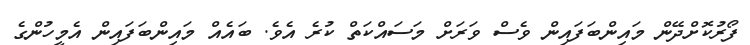
ފޯރުކޮށްދޭން މައިންބަފައިން ވެސް ވަރަށް މަސައްކަތް ކުރެ އެވެ. ބައެއް މައިންބަފައިން އެމީހުންގެ